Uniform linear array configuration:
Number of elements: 32
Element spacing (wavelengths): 0.5
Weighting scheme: kaiser
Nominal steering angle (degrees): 0
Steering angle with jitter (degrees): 0.3059
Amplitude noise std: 0.05
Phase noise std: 0.05

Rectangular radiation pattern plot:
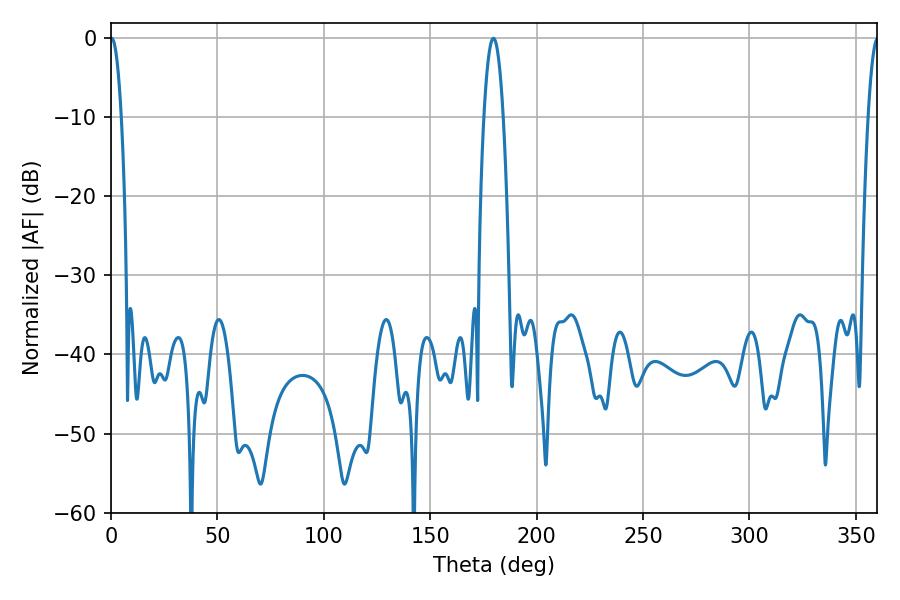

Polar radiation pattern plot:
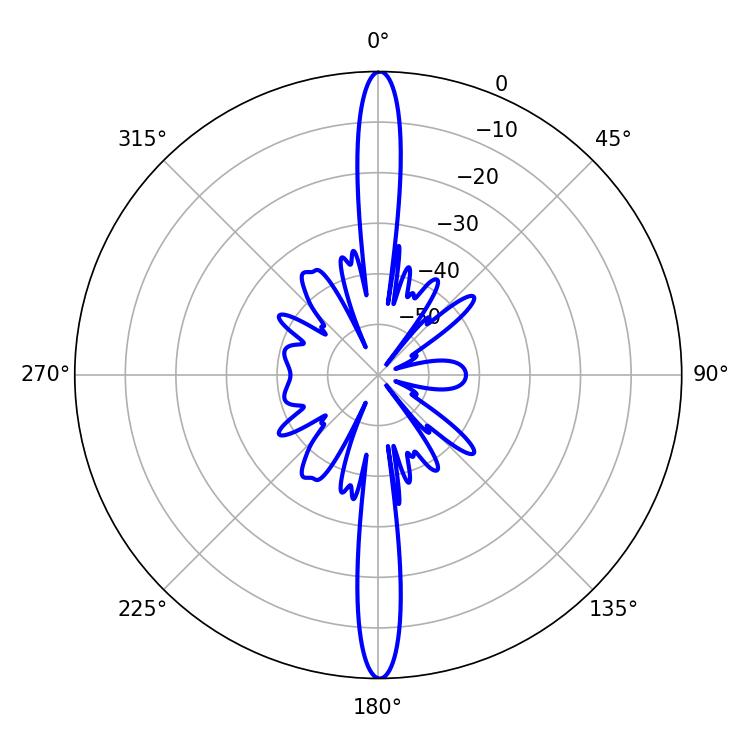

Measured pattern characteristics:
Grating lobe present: FALSE
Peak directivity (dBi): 33.845
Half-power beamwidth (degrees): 2.7
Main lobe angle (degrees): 0.36